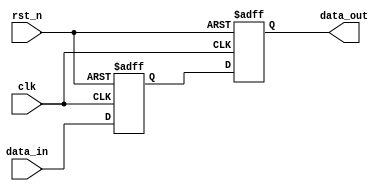
module reset_condition_example (
    input wire clk,          // Clock signal
    input wire rst_n,       // Active-low reset signal (asserted low)
    input wire [7:0] data_in, // Example input signal
    output reg [7:0] data_out // Example output signal
);

// Internal state variable
reg [7:0] internal_state;

// Synchronous reset logic
always @(posedge clk or negedge rst_n) begin
    if (!rst_n) begin
        // Reset condition: initialize internal state
        internal_state <= 8'b00000000; // Reset to zero
        data_out <= 8'b00000000;        // Reset output
    end else begin
        // Normal operation: update output based on input
        internal_state <= data_in;      // Update internal state
        data_out <= internal_state;     // Output the internal state
    end
end

endmodule